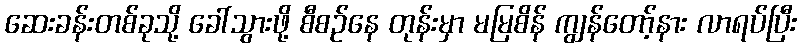
ဆေးခန်းတစ်ခုသို့ ခေါ်သွားဖို့ စီစဉ်နေ တုန်းမှာ မမြစိန် ကျွန်တော့်နား လာရပ်ပြီး